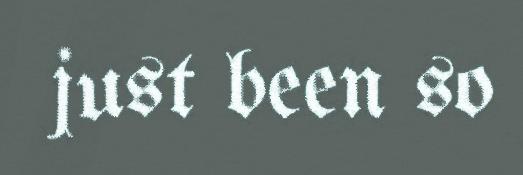
just been so